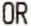
OR